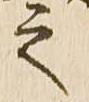
之